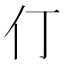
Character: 仃